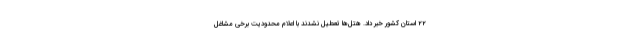
۲۲ استان کشور خبر داد. هتل‌ها تعطیل نشدند با اعلام محدودیت برخی مشاغل